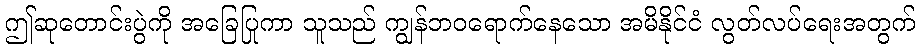
ဤဆုတောင်းပွဲကို အခြေပြုကာ သူသည် ကျွန်ဘဝရောက်နေသော အမိနိုင်ငံ လွတ်လပ်ရေးအတွက်